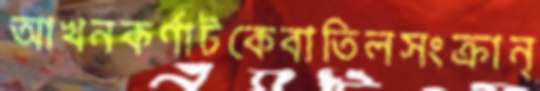
আখনকর্ণাটকেবাতিলসংক্রান্